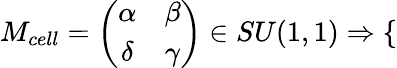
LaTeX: M_{cell}=\left({\begin{array}{cc}{\alpha}&{\beta}\\ {\delta}&{\gamma}\end{array}}\right)\in SU(1,1)\Rightarrow\left\{ \begin{array}{ll}\end{array}\right.